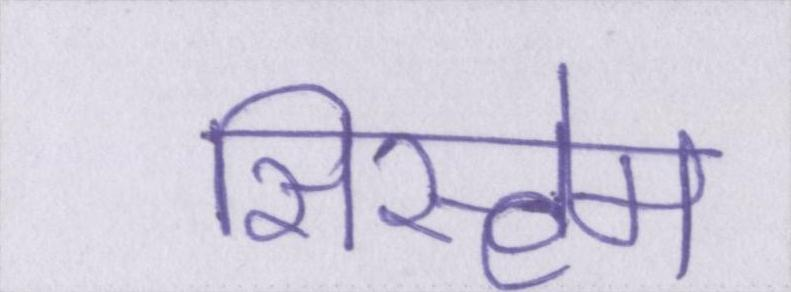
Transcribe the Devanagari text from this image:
सिस्टेम